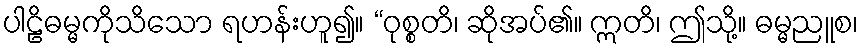
ပါဠိဓမ္မကိုသိသော ရဟန်းဟူ၍။ “ဝုစ္စတိ၊ ဆိုအပ်၏။ ဣတိ၊ ဤသို့။ ဓမ္မညူစ၊